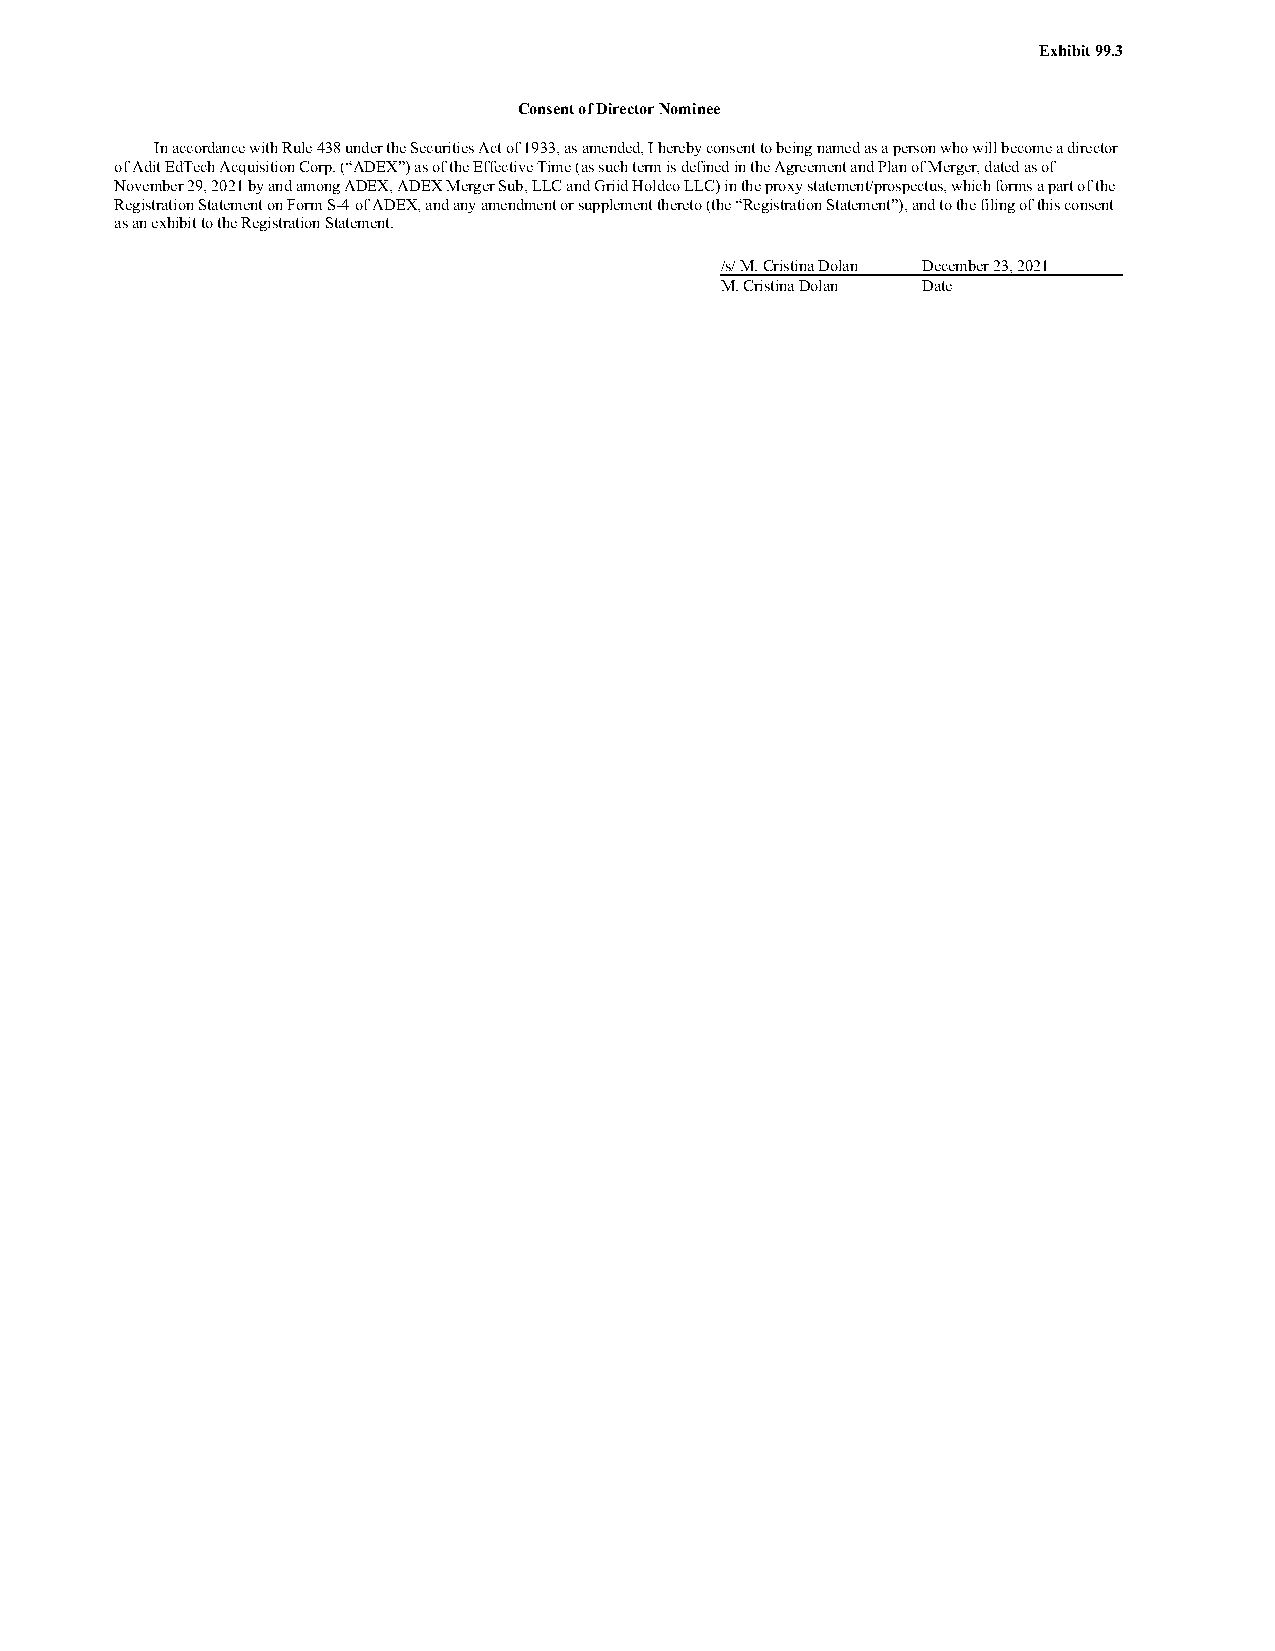
Exhibit 99.3
 Consent of Director Nominee
 In accordance with Rule 438 under the Securities Act of 1933, as amended, I hereby consent to being named as a person who will become a director
 of Adit EdTech Acquisition Corp. (“ADEX”) as of the Effective Time (as such term is defined in the Agreement and Plan of Merger, dated as of
 November 29, 2021 by and among ADEX, ADEX Merger Sub, LLC and Griid Holdco LLC) in the proxy statement/prospectus, which forms a part of the
 Registration Statement on Form S-4 of ADEX, and any amendment or supplement thereto (the “Registration Statement”), and to the filing of this consent
 as an exhibit to the Registration Statement.
 /s/ M. Cristina Dolan December 23, 2021
 M. Cristina Dolan Date